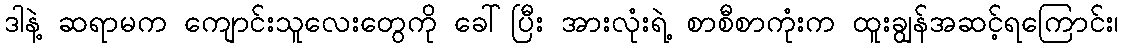
ဒါနဲ့ ဆရာမက ကျောင်းသူလေးတွေကို ခေါ်ပြီး အားလုံးရဲ့ စာစီစာကုံးက ထူးချွန်အဆင့်ရကြောင်း၊